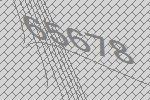
65678